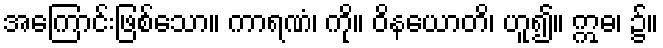
အကြောင်းဖြစ်သော။ ကာရဏံ၊ ကို။ ဝိနယောတိ၊ ဟူ၍။ ဣဓ၊ ၌။